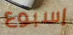
إسبوع